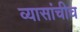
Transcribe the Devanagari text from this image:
व्यासांचीच